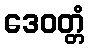
ဒေဝတ္တံ